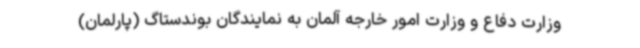
وزارت دفاع و وزارت امور خارجه آلمان به نمایندگان بوندستاگ (پارلمان)